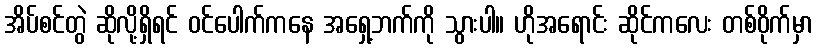
အိပ်စင်တွဲ ဆိုလို့ရှိရင် ဝင်ပေါက်ကနေ အရှေ့ဘက်ကို သွားပါ။ ဟိုအရောင်း ဆိုင်ကလေး တစ်ဝိုက်မှာ